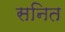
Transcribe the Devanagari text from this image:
सनित